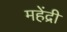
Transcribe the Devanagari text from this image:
महेंद्री